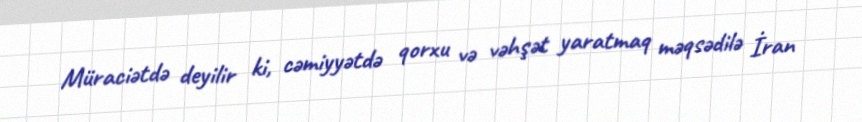
Müraciətdə deyilir ki, cəmiyyətdə qorxu və vəhşət yaratmaq məqsədilə İran